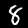
Label: 8